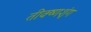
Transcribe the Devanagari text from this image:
तीक्ष्णशृंग